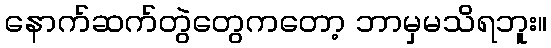
နောက်ဆက်တွဲတွေကတော့ ဘာမှမသိရဘူး။